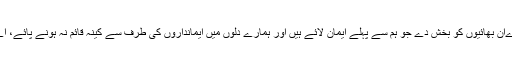
ہمیں اور ہمارےان بھائیوں کو بخش دے جو ہم سے پہلے ایمان لائے ہیں اور ہمارے دلوں میں ایمانداروں کی طرف سے کینہ قائم نہ ہونے پائے، اے ہمارے رب!